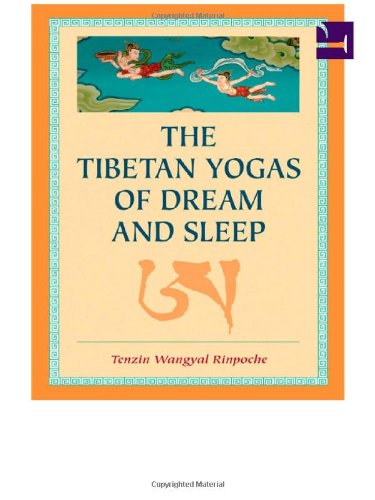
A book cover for The Tibetan Yogas Of Dream And Sleep; Tenzin Wangyal Rinpoche; Self-Help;